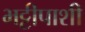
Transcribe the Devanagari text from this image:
भट्टीपाशी